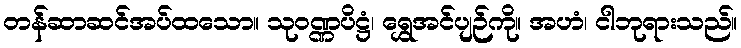
တန်ဆာဆင်အပ်ထသော။ သုဝဏ္ဏပိဋ္ဌံ၊ ရွှေအင်ပျဉ်ကို။ အဟံ၊ ငါဘုရားသည်။